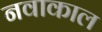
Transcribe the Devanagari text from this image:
नवाकाल